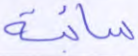
سائبة